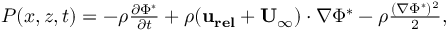
\begin{array} { r } { P ( x , z , t ) = - \rho \frac { \partial \Phi ^ { * } } { \partial t } + \rho ( \mathbf { u _ { r e l } } + \mathbf { U _ { \infty } } ) \cdot \nabla \Phi ^ { * } - \rho \frac { ( \nabla \Phi ^ { * } ) ^ { 2 } } { 2 } , } \end{array}